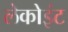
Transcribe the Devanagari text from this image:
लेकोइंट